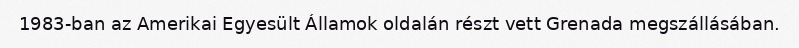
1983-ban az Amerikai Egyesült Államok oldalán részt vett Grenada megszállásában.